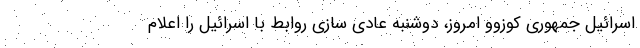
اسرائیل جمهوری کوزوو امروز، دوشنبه عادی سازی روابط با اسرائیل را اعلام